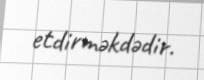
etdirməkdədir.